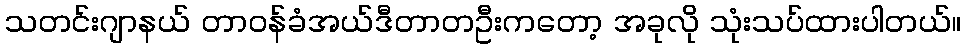
သတင်းဂျာနယ် တာဝန်ခံအယ်ဒီတာတဦးကတော့ အခုလို သုံးသပ်ထားပါတယ်။